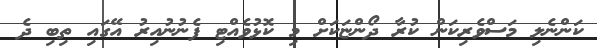
ކަންނެލި މަސްވެރިކަން ކުރާ ދޯންޏަކަށް މި ކޮޅުވެއްޓި ފެނުނުއިރު އޭގައި ތިބި ދެ